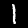
Label: 1